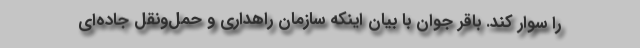
را سوار کند. باقر جوان با بیان اینکه سازمان راهداری و حمل‌ونقل جاده‌ای